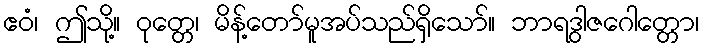
ဧဝံ၊ ဤသို့။ ဝုတ္တေ၊ မိန့်တော်မူအပ်သည်ရှိသော်။ ဘာရဒွါဇဂေါတ္တော၊